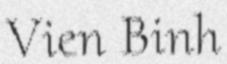
Vien Binh